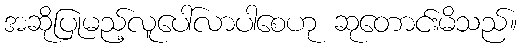
အဆိုပြုမည့်လူပေါ်လာပါစေဟု ဆုတောင်းမိသည်။